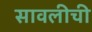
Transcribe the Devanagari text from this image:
सावलीची